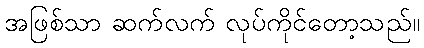
အဖြစ်သာ ဆက်လက် လုပ်ကိုင်တော့သည်။